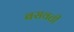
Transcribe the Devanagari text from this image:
बसवती